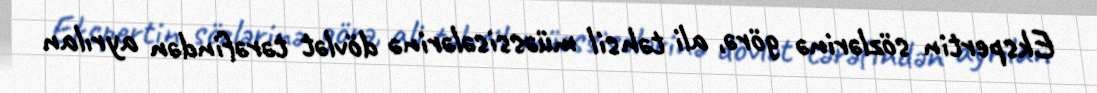
Ekspertin sözlərinə görə, ali təhsil müəssisələrinə dövlət tərəfindən ayrılan